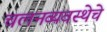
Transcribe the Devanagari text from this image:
चलनव्यवस्थेचे